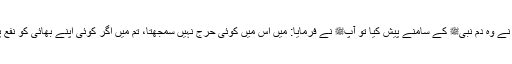
راوی کہتے ہیں کہ انہوں نے وہ دم نبیﷺ کے سامنے پیش کیا تو آپﷺ نے فرمایا: میں اس میں کوئی حرج نہیں سمجھتا، تم میں اگر کوئی اپنے بھائی کو نفع پہنچا سکتا ہو تو پہنچائے۔